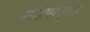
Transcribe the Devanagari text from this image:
मांडणीनुसार